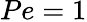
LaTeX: Pe=1